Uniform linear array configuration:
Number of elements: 8
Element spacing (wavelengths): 0.5
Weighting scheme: uniform
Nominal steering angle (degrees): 45
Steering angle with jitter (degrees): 43.519
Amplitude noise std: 0.05
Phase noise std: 0.05

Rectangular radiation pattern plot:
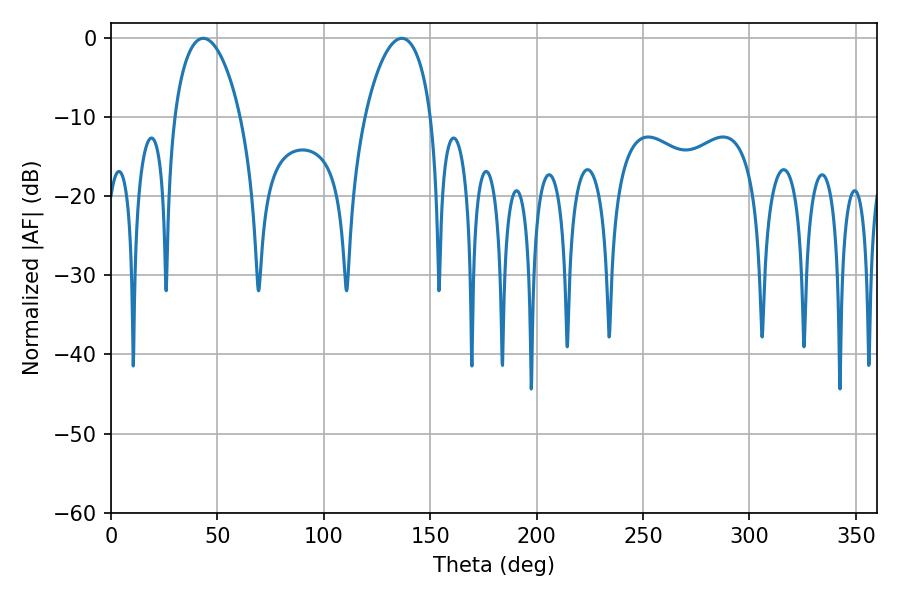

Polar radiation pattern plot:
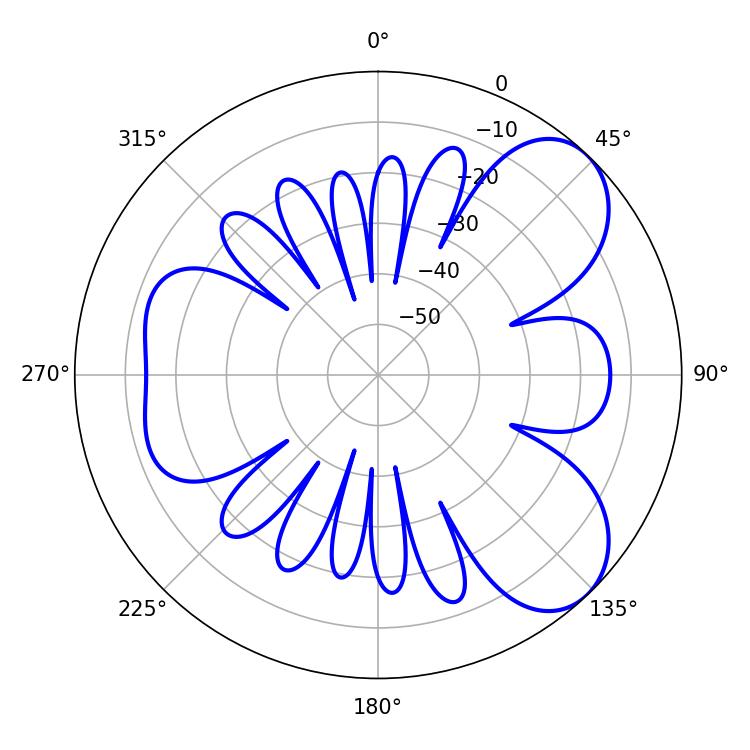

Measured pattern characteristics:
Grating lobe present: FALSE
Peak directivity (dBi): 6.828
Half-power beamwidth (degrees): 17.82
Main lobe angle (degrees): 43.38